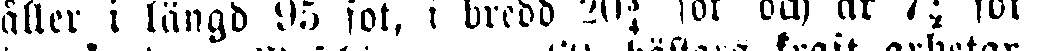
äller i längd 95 fot, i bredd 20¾ for och är 7¾ fot